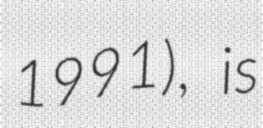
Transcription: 1991), is